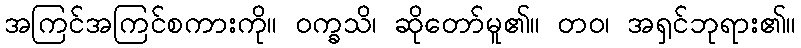
အကြင်အကြင်စကားကို။ ဝက္ခသိ၊ ဆိုတော်မူ၏။ တဝ၊ အရှင်ဘုရား၏။